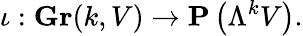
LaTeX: \iota:\mathbf{Gr}(k,V)\to\mathbf{P}\left(\Lambda^{k}V\right).